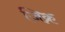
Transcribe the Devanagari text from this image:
जिक्र